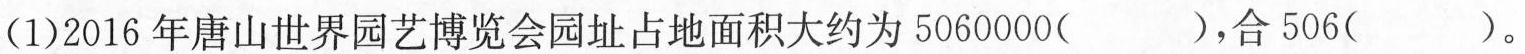
（1）2016年唐山世界园艺博览会园址占地面积大约为5060000（），合506（）。